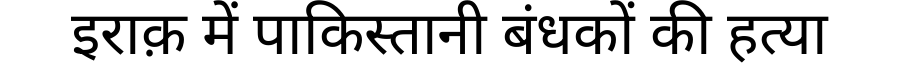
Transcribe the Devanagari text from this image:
इराक़ में पाकिस्तानी बंधकों की हत्या